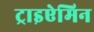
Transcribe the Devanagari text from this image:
ट्राइऐमिन